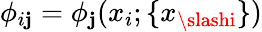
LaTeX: \phi_{i\mathbf{j}}=\phi_{\mathbf{j}}(x_{i};\{ x_{\slashi}\} )